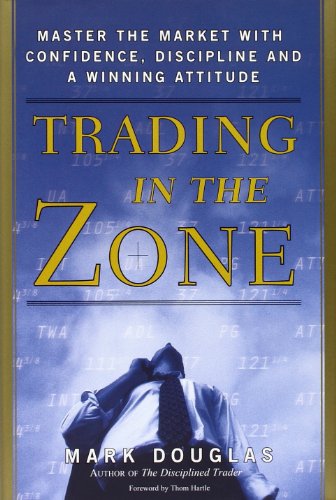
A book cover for Trading in the Zone: Master the Market with Confidence, Discipline and a Winning Attitude; Mark Douglas; Business & Money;